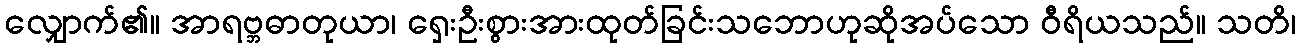
လျှောက်၏။ အာရဗ္ဘဓာတုယာ၊ ရှေးဦးစွားအားထုတ်ခြင်းသဘောဟုဆိုအပ်သော ဝီရိယသည်။ သတိ၊